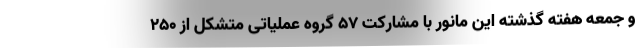
و جمعه هفته گذشته این مانور با مشارکت ۵۷ گروه عملیاتی متشکل از ۲۵۰